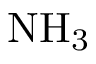
\mathrm { N H _ { 3 } }